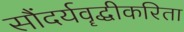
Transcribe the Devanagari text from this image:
सौंदर्यवॄद्धीकरिता